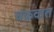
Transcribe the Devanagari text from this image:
चंक्रवात